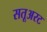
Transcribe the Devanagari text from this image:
सतूअरट